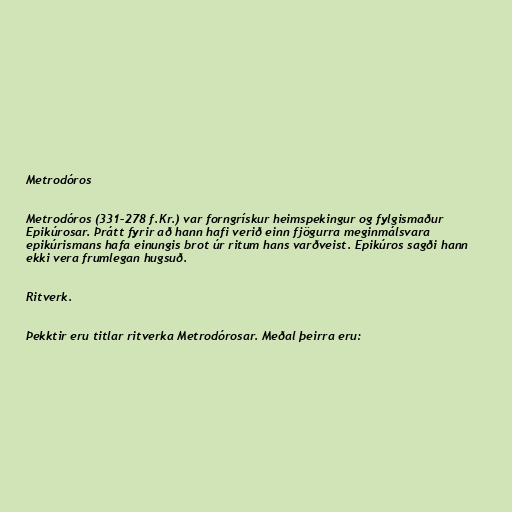
Metrodóros

Metrodóros (331–278 f.Kr.) var forngrískur heimspekingur og fylgismaður
Epikúrosar. Þrátt fyrir að hann hafi verið einn fjögurra meginmálsvara
epikúrismans hafa einungis brot úr ritum hans varðveist. Epikúros sagði hann
ekki vera frumlegan hugsuð.

Ritverk.

Þekktir eru titlar ritverka Metrodórosar. Meðal þeirra eru: